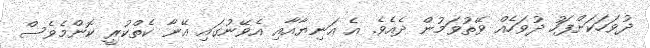
ދުވަހަކަށްފަހު ދުވަހެއް ވޭތުވަމުން ދެއެވެ. އެ އަނިޔާއާއި އެވޭނުގައި އޭނާ ކެތްކުރީ ކޮންމެވެސް